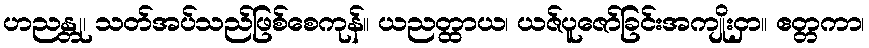
ဟညန္တု၊ သတ်အပ်သည်ဖြစ်စေကုန်။ ယညတ္ထာယ၊ ယဇ်ပူဇော်ခြင်းအကျိုးငှာ။ ဧတ္တကာ၊